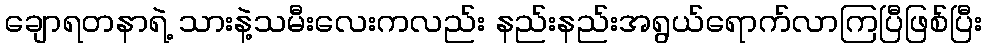
ချောရတနာရဲ့ သားနဲ့သမီးလေးကလည်း နည်းနည်းအရွယ်ရောက်လာကြပြီဖြစ်ပြီး